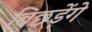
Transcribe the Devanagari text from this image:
बिछड़ेंगे